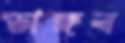
ভাঙ্গব